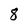
Character: 8